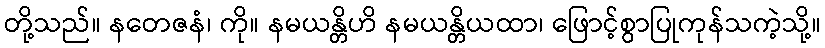
တို့သည်။ နတေဇနံ၊ ကို။ နမယန္တိဟိ နမယန္တိယထာ၊ ဖြောင့်စွာပြုကုန်သကဲ့သို့။